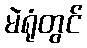
မဲရုံတွင်